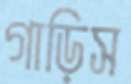
গাড়িস